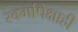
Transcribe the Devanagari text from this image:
स्वर्गापेक्षाही